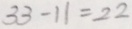
3 3 - 1 1 = 2 2